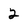
Character: 2